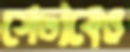
সেভাবেও